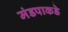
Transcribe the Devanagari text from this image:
मंडपाकडे